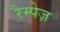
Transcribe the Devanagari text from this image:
रैम्पेज़